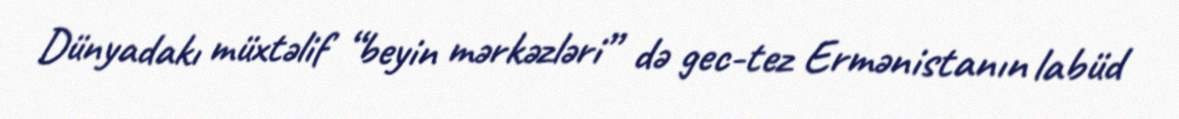
Dünyadakı müxtəlif “beyin mərkəzləri” də gec-tez Ermənistanın labüd